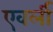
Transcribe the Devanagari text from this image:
एवर्ली